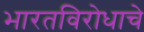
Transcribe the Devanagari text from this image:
भारतविरोधाचे